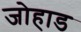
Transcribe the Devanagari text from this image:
जोहाड